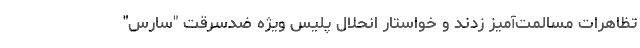
تظاهرات مسالمت‌آمیز زدند و خواستار انحلال پلیس ویژه ضدسرقت "سارس"